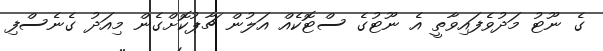
ގެ ނޫޓު މަދުވެފައިވާތީ އެ ނޫޓުގެ ސްޓޮކެއް އަލުން ޗާޕުކޮށްގެން މިއަދު ގެނެސްފި